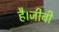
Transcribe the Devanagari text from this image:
है।जीबी